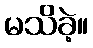
မသိခဲ့။